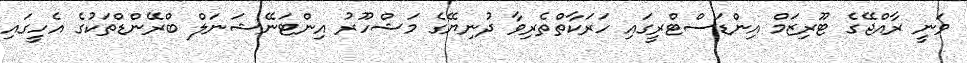
ވަނީ ރާއްޖޭގެ ޓޫރިޒަމް އިންޑަސްޓްރީގައި ހަރަކާތްތެރިވާ ދުނިޔޭގެ މަޝްހޫރު އިންޓަނޭޝަނަލް ބްރޭންޑްތަކުގެ އެހީގައި